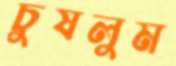
চুষলুম